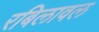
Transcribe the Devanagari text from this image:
रबिलावल